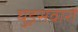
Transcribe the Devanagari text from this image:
घुड़़सवारों